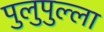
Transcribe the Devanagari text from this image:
पुलुपुल्ला